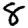
Digit: 8